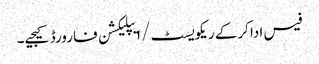
فیس ادا کرکے ریکویسٹ/ ا یپلیکشن فارورڈ کیجیے۔